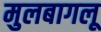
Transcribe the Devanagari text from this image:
मुलबागलू